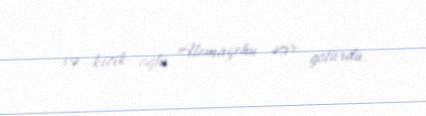
və kiçik oğlu Alemayehu əsir gotürdü.